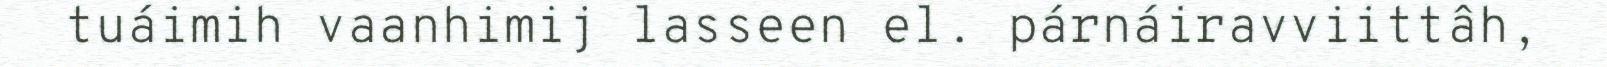
tuáimih vaanhimij lasseen el. párnáiravviittâh,